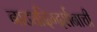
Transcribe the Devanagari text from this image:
नाट्यदिग्दर्शनाची